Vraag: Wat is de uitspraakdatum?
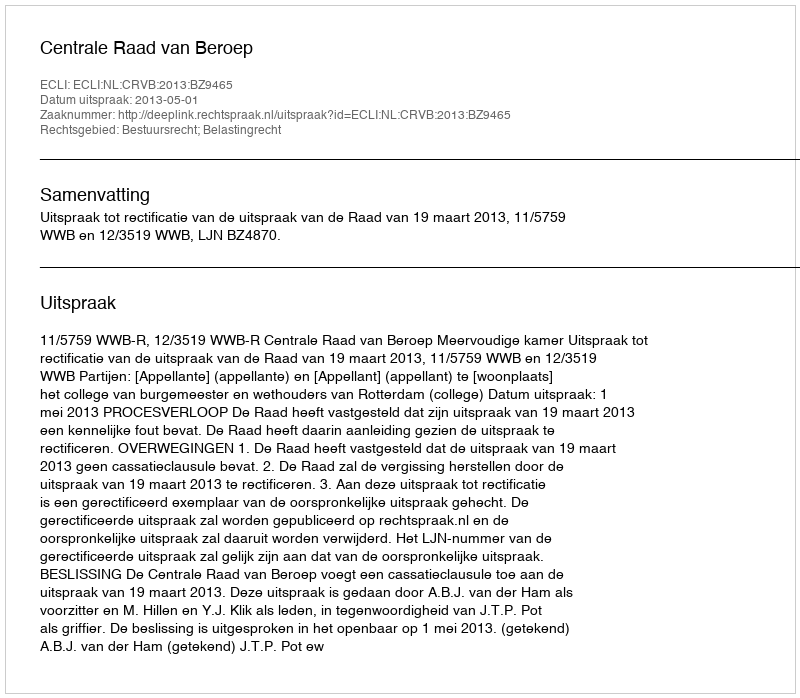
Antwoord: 2013-05-01